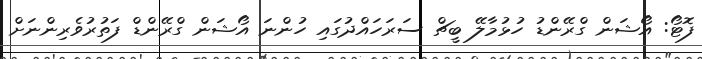
ފޮޓޯ: އޯޝަން ގްރޭންޑު ހުޅުމާލޭ ބީޗް ސަރަހައްދުގައި ހުންނަ އޯޝަން ގްރޭންޑް ފަތުރުވެރިންނަށް